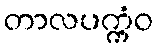
တာလပက္ကံဝ